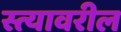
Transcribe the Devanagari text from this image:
स्त्यावरील